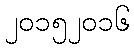
၂၀၁၅၂၀၁၆